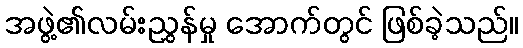
အဖွဲ့၏လမ်းညွှန်မှု အောက်တွင် ဖြစ်ခဲ့သည်။